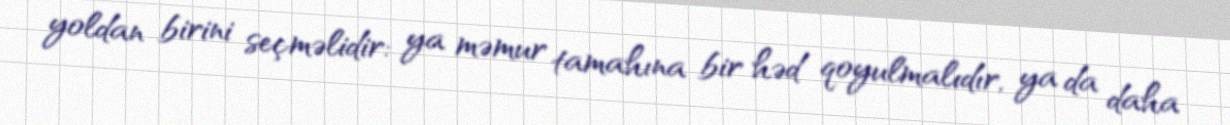
yoldan birini seçməlidir: ya məmur tamahına bir həd qoyulmalıdır, ya da daha